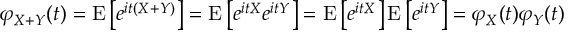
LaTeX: \varphi _ { X + Y } ( t ) = \operatorname { E } \left[ e ^ { i t ( X + Y ) } \right] = \operatorname { E } \left[ e ^ { i t X } e ^ { i t Y } \right] = \operatorname { E } \left[ e ^ { i t X } \right] \operatorname { E } \left[ e ^ { i t Y } \right] = \varphi _ { X } ( t ) \varphi _ { Y } ( t )